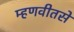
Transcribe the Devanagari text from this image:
म्हणवीतसे